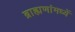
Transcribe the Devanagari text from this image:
ब्राह्मणांमध्यें